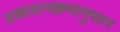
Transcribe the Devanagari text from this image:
प्रकाशनक्रमानुसार